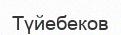
Түйебеков